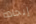
إيجاده